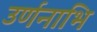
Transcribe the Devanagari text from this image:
उर्णनाभि